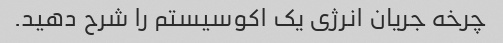
چرخه جریان انرژی یک اکوسیستم را شرح دهید.